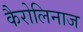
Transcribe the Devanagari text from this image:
कैरोलिनाज